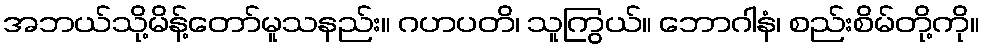
အဘယ်သို့မိန့်တော်မူသနည်း။ ဂဟပတိ၊ သူကြွယ်။ ဘောဂါနံ၊ စည်းစိမ်တို့ကို။